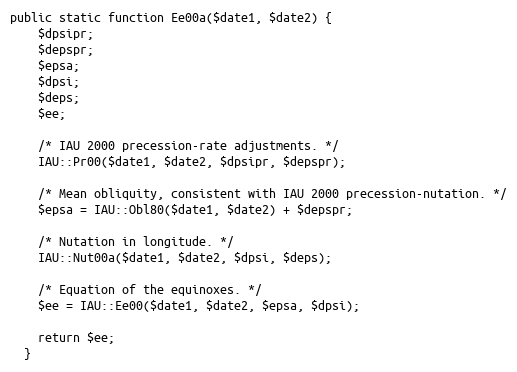
Language: PHP
public static function Ee00a($date1, $date2) {
    $dpsipr;
    $depspr;
    $epsa;
    $dpsi;
    $deps;
    $ee;

    /* IAU 2000 precession-rate adjustments. */
    IAU::Pr00($date1, $date2, $dpsipr, $depspr);

    /* Mean obliquity, consistent with IAU 2000 precession-nutation. */
    $epsa = IAU::Obl80($date1, $date2) + $depspr;

    /* Nutation in longitude. */
    IAU::Nut00a($date1, $date2, $dpsi, $deps);

    /* Equation of the equinoxes. */
    $ee = IAU::Ee00($date1, $date2, $epsa, $dpsi);

    return $ee;
  }